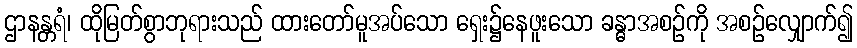
ဌာနန္တရံ၊ ထိုမြတ်စွာဘုရားသည် ထားတော်မူအပ်သော ရှေး၌နေဖူးသော ခန္ဓာအစဉ်ကို အစဉ်လျှောက်၍